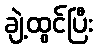
ချဲ့ထွင်ပြီး